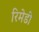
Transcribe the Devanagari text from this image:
रिमेडी